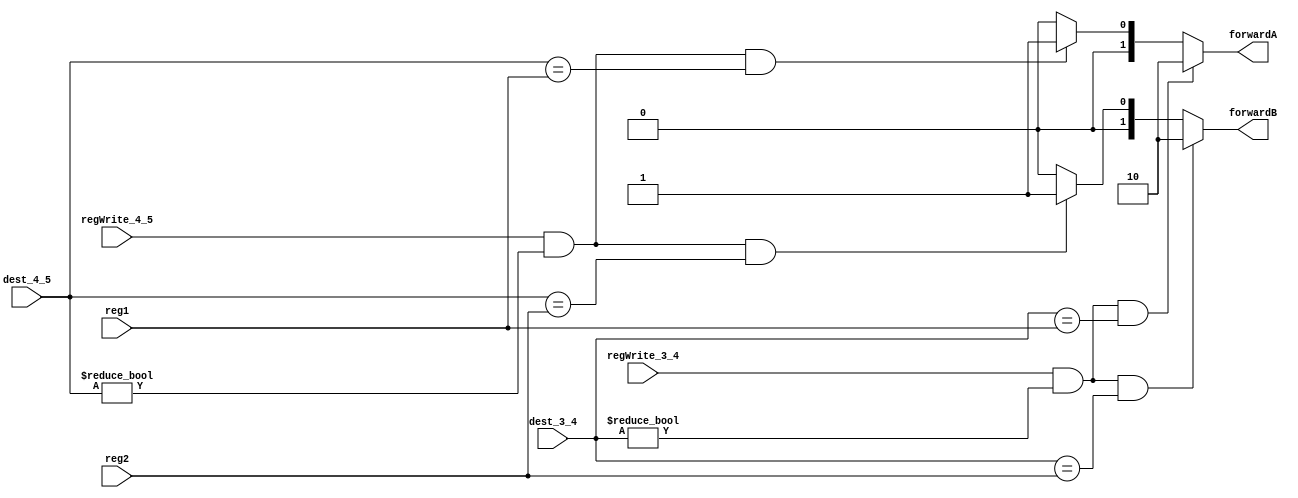
module forwarding_unit (
    input regWrite_3_4, regWrite_4_5,
    input [2:0] reg1, reg2, dest_3_4, dest_4_5, 
    output [1:0] forwardA, forwardB
);
    function [1:0] forward;
        input regWrite_3_4, regWrite_4_5;
        input [2:0] register, dest_3_4, dest_4_5;
        if (regWrite_3_4 == 1'b1 && dest_3_4 != 3'b000 && dest_3_4 == register) begin
            forward = 2'b10;
        end else if (regWrite_4_5 == 1'b1 && dest_4_5 != 3'b000 && dest_4_5 == register) begin
            forward = 2'b01;
        end else begin
            forward = 2'b00;
        end
    endfunction

    assign forwardA = forward(regWrite_3_4, regWrite_4_5, reg1, dest_3_4, dest_4_5);
    assign forwardB = forward(regWrite_3_4, regWrite_4_5, reg2, dest_3_4, dest_4_5);
endmodule